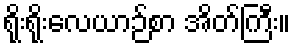
ရိုးရိုးလေယာဉ်စာ အိတ်ကြီး။